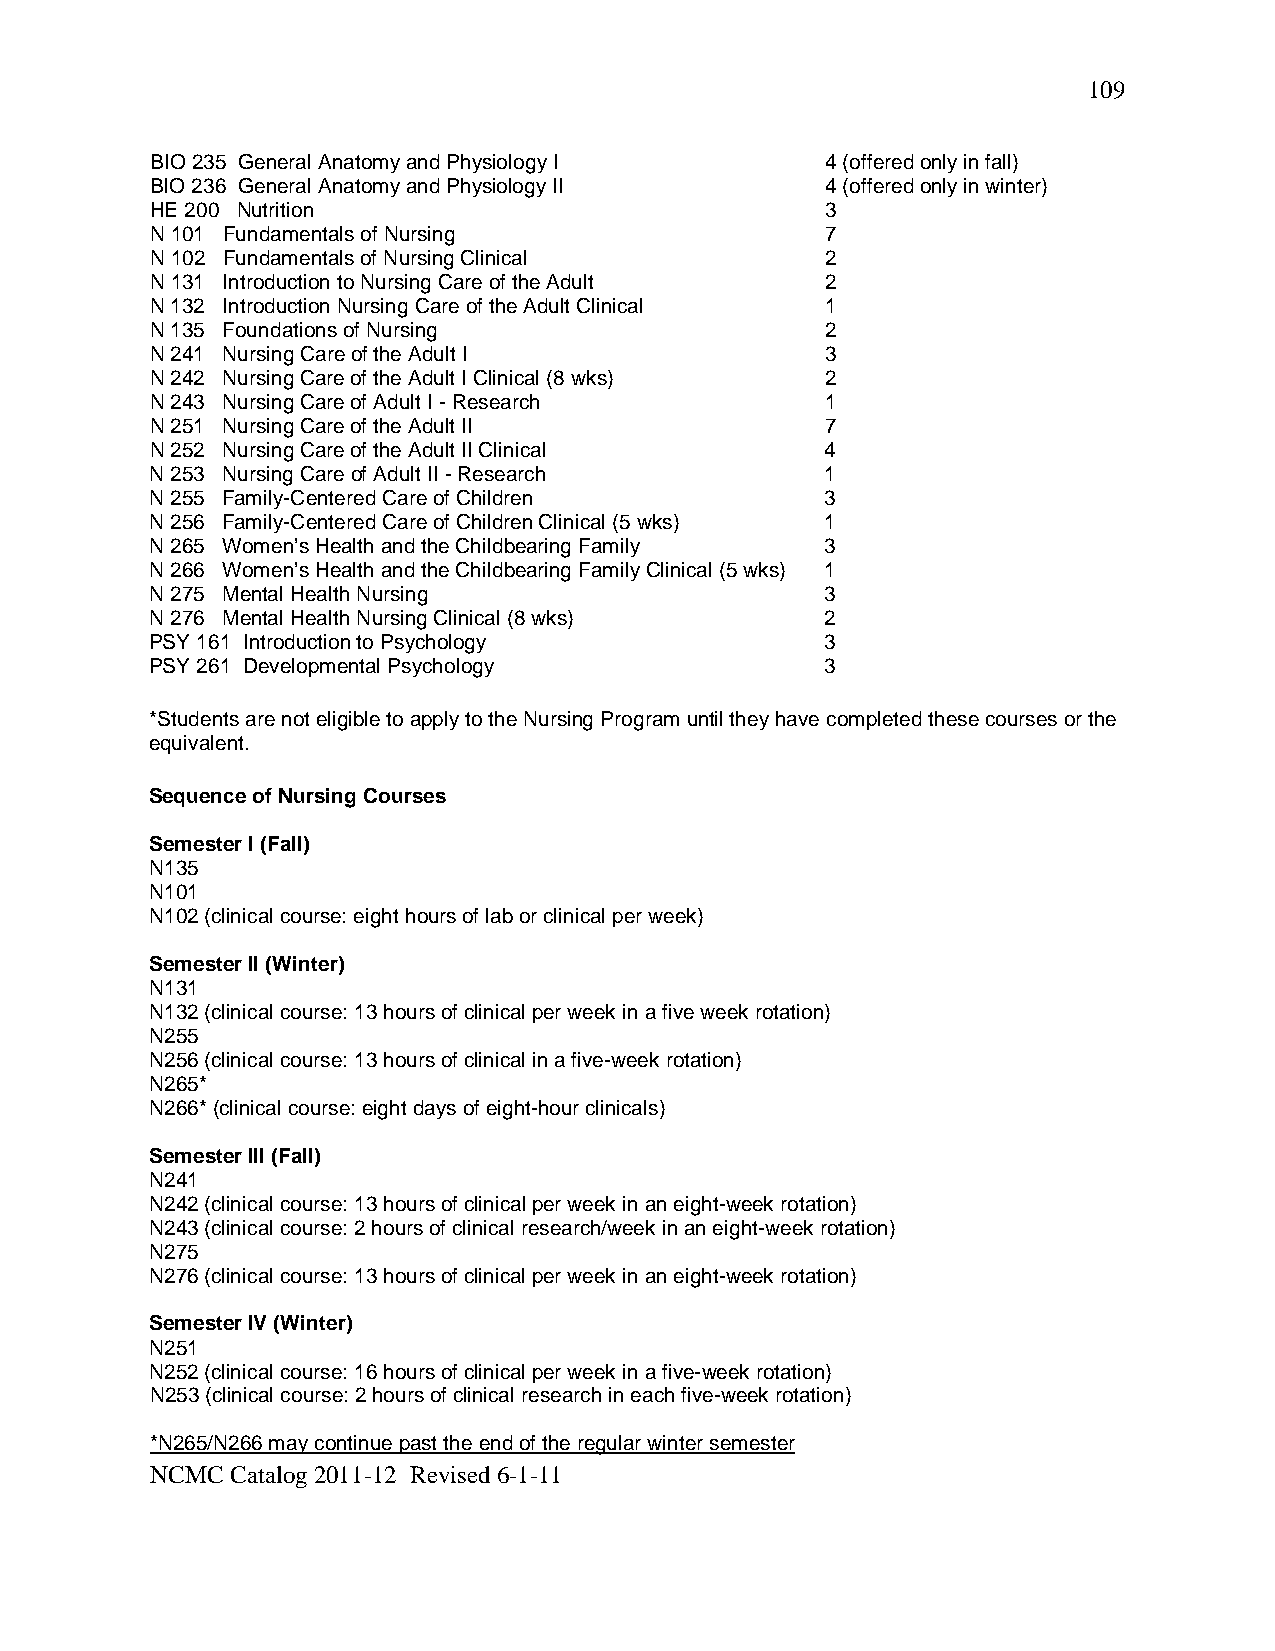
109
 BIO 235 General Anatomy and Physiology I     4 (offered only in fall)
 BIO 236 General Anatomy and Physiology II    4 (offered only in winter)
 HE 200 Nutrition                             3
 N 101 Fundamentals of Nursing                7
 N 102 Fundamentals of Nursing Clinical       2
 N 131 Introduction to Nursing Care of the Adult 2
 N 132 Introduction Nursing Care of the Adult Clinical 1
 N 135 Foundations of Nursing                 2
 N 241 Nursing Care of the Adult I            3
 N 242 Nursing Care of the Adult I Clinical (8 wks) 2
 N 243 Nursing Care of Adult I - Research     1
 N 251 Nursing Care of the Adult II           7
 N 252 Nursing Care of the Adult II Clinical  4
 N 253 Nursing Care of Adult II - Research    1
 N 255 Family-Centered Care of Children       3
 N 256 Family-Centered Care of Children Clinical (5 wks) 1
 N 265 Women’s Health and the Childbearing Family 3
 N 266 Women’s Health and the Childbearing Family Clinical (5 wks) 1
 N 275 Mental Health Nursing                  3
 N 276 Mental Health Nursing Clinical (8 wks) 2
 PSY 161 Introduction to Psychology           3
 PSY 261 Developmental Psychology             3
 *Students are not eligible to apply to the Nursing Program until they have completed these courses or the
 equivalent.
 Sequence of Nursing Courses
 Semester I (Fall)
 N135
 N101
 N102 (clinical course: eight hours of lab or clinical per week)
 Semester II (Winter)
 N131
 N132 (clinical course: 13 hours of clinical per week in a five week rotation)
 N255
 N256 (clinical course: 13 hours of clinical in a five-week rotation)
 N265*
 N266* (clinical course: eight days of eight-hour clinicals)
 Semester III (Fall)
 N241
 N242 (clinical course: 13 hours of clinical per week in an eight-week rotation)
 N243 (clinical course: 2 hours of clinical research/week in an eight-week rotation)
 N275
 N276 (clinical course: 13 hours of clinical per week in an eight-week rotation)
 Semester IV (Winter)
 N251
 N252 (clinical course: 16 hours of clinical per week in a five-week rotation)
 N253 (clinical course: 2 hours of clinical research in each five-week rotation)
 *N265/N266 may continue past the end of the regular winter semester
 NCMC Catalog 2011-12 Revised 6-1-11